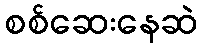
စစ်ဆေးနေဆဲ